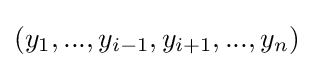
(y_{1},...,y_{i-1},y_{i+1},...,y_{n})